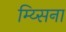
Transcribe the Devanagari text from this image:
म्य्सिना